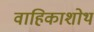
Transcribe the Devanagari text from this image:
वाहिकाशोथ